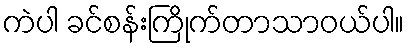
ကဲပါ ခင်စန်းကြိုက်တာသာဝယ်ပါ။